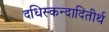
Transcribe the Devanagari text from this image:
दधिस्कन्दादितीर्थ